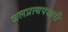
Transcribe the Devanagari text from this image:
जलप्रत्यपसारी